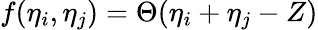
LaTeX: f(\eta_{i},\eta_{j})=\Theta(\eta_{i}+\eta_{j}-Z)